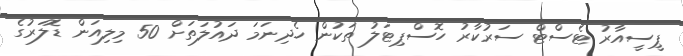
ޕީސީއާރު ޓެސްޓް ސަރުކާރު ހޮސްޕިޓަލު ތަކުން ހެދިނަމަ ދައުލަތަށް 50 މިލިއަން ޑޮލަރުގެ